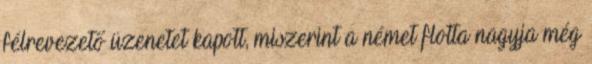
félrevezető üzenetet kapott, miszerint a német flotta nagyja még